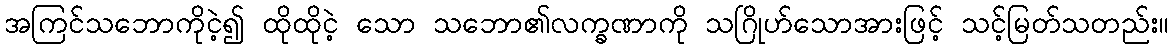
အကြင်သဘောကိုငဲ့၍ ထိုထိုငဲ့ သော သဘော၏လက္ခဏာကို သဂြိုဟ်သောအားဖြင့် သင့်မြတ်သတည်း။